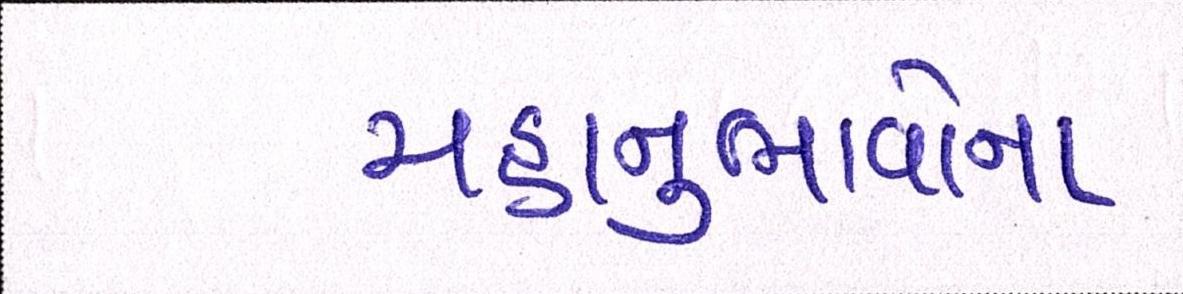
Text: મહાનુભાવોના